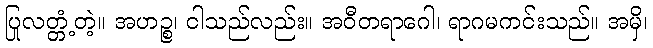
ပြုလတ္တံ့တဲ့။ အဟဉ္စ၊ ငါသည်လည်း။ အဝီတရာဂေါ၊ ရာဂမကင်းသည်။ အမှိ၊